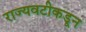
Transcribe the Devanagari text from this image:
राज्यवटीकडून